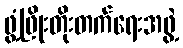
ဖွံ့ဖြိုးတိုးတက်ရေးအဖွဲ့